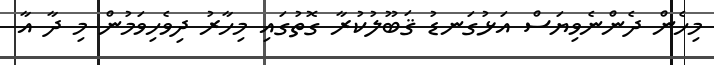
މިހެން ދެންނެވިޔަސް އަޅުގަނޑު ޤަބޫލުކުރާ ގޮތުގައި މިހާރު ދިވެހިވަމުން މި ދާ އާ